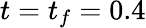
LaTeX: t=t_{f}=0.4